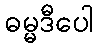
ဓမ္မဒီပေါ